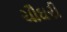
ચૌઘરી